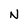
Character: N